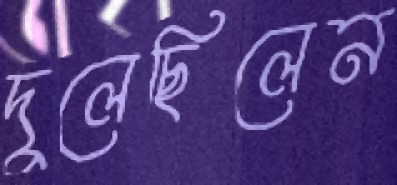
দুলেছিলেন